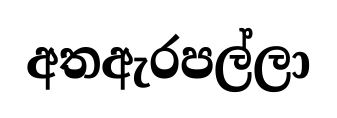
අතඇරපල්ලා